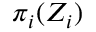
\pi _ { i } ( Z _ { i } )